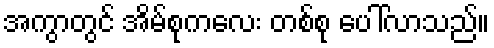
အကွာတွင် အိမ်စုကလေး တစ်စု ပေါ်လာသည်။